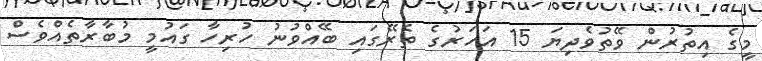
މީގެ އިތުރުން ވޭތުވެދިޔަ 15 އަހަރުގެ ތެރޭގައި ބޭއްވުނު ހުރިހާ ގައުމީ މުބާރާތެއްވެސް